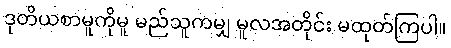
ဒုတိယစာမူကိုမူ မည်သူကမျှ မူလအတိုင်း မထုတ်ကြပါ။